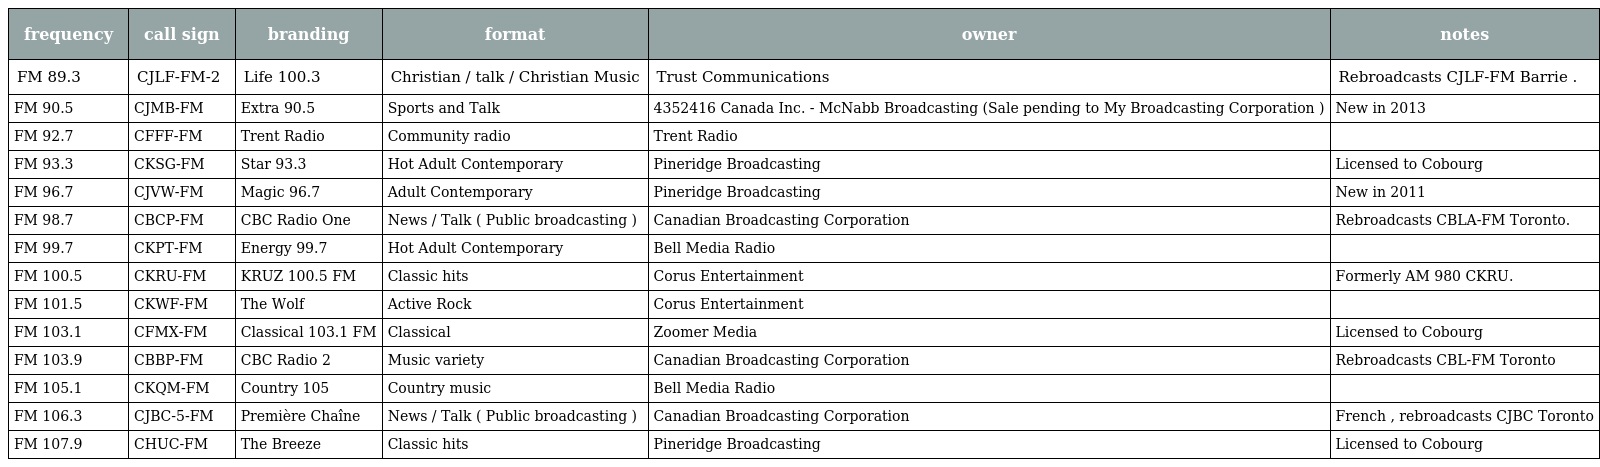
| frequency | call sign | branding | format | owner | notes |
 | --- | --- | --- | --- | --- | --- |
 | FM 89.3 | CJLF-FM-2 | Life 100.3 | Christian / talk / Christian Music | Trust Communications | Rebroadcasts CJLF-FM Barrie . |
 | FM 90.5 | CJMB-FM | Extra 90.5 | Sports and Talk | 4352416 Canada Inc. - McNabb Broadcasting (Sale pending to My Broadcasting Corporation ) | New in 2013 |
 | FM 92.7 | CFFF-FM | Trent Radio | Community radio | Trent Radio |  |
 | FM 93.3 | CKSG-FM | Star 93.3 | Hot Adult Contemporary | Pineridge Broadcasting | Licensed to Cobourg |
 | FM 96.7 | CJVW-FM | Magic 96.7 | Adult Contemporary | Pineridge Broadcasting | New in 2011 |
 | FM 98.7 | CBCP-FM | CBC Radio One | News / Talk ( Public broadcasting ) | Canadian Broadcasting Corporation | Rebroadcasts CBLA-FM Toronto. |
 | FM 99.7 | CKPT-FM | Energy 99.7 | Hot Adult Contemporary | Bell Media Radio |  |
 | FM 100.5 | CKRU-FM | KRUZ 100.5 FM | Classic hits | Corus Entertainment | Formerly AM 980 CKRU. |
 | FM 101.5 | CKWF-FM | The Wolf | Active Rock | Corus Entertainment |  |
 | FM 103.1 | CFMX-FM | Classical 103.1 FM | Classical | Zoomer Media | Licensed to Cobourg |
 | FM 103.9 | CBBP-FM | CBC Radio 2 | Music variety | Canadian Broadcasting Corporation | Rebroadcasts CBL-FM Toronto |
 | FM 105.1 | CKQM-FM | Country 105 | Country music | Bell Media Radio |  |
 | FM 106.3 | CJBC-5-FM | Première Chaîne | News / Talk ( Public broadcasting ) | Canadian Broadcasting Corporation | French , rebroadcasts CJBC Toronto |
 | FM 107.9 | CHUC-FM | The Breeze | Classic hits | Pineridge Broadcasting | Licensed to Cobourg |